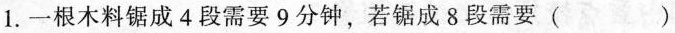
1.一根木料锯成4段需要9分钟，若锯成8段需要()